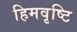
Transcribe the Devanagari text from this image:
हिमवृष्टि